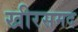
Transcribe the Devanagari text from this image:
खीरसमद